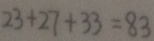
2 3 + 2 7 + 3 3 = 8 3